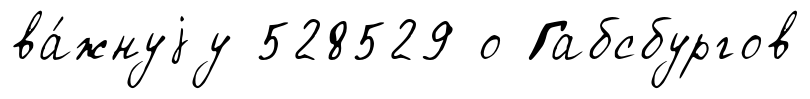
ва́жнуjу 528529 о Габсбургов